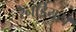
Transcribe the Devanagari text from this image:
रेनडियर।